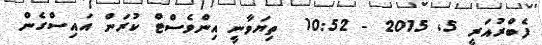
ފެބްރުއަރީ 5